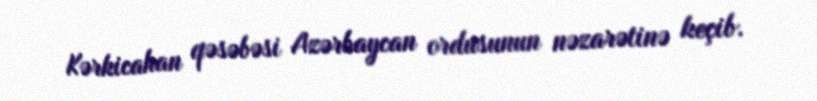
Kərkicahan qəsəbəsi Azərbaycan ordusunun nəzarətinə keçib.